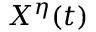
X ^ { \eta } ( t )